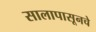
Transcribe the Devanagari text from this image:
सालापासूनचे